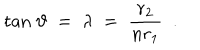
LaTeX: \mathrm { t a n } \; \vartheta \; = \; \lambda \; = \; { \frac { r _ { 2 } } { n r _ { 1 } } } \ \; .